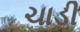
ચાડી